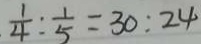
\frac { 1 } { 4 } : \frac { 1 } { 5 } = 3 0 : 2 4